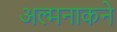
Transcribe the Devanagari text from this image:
अल्मनाकने